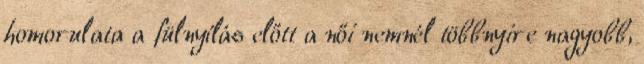
homorulata a fülnyílás előtt a női nemnél többnyire nagyobb,